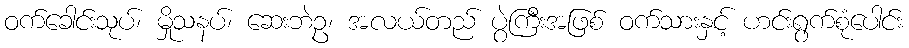
ဝက်ခေါင်းသုပ်၊ မှိုသနပ်၊ ဆေးဘဲဥ၊ အလယ်တည် ပွဲကြီးအဖြစ် ဝက်သားနှင့် ဟင်းရွက်စုံပေါင်း